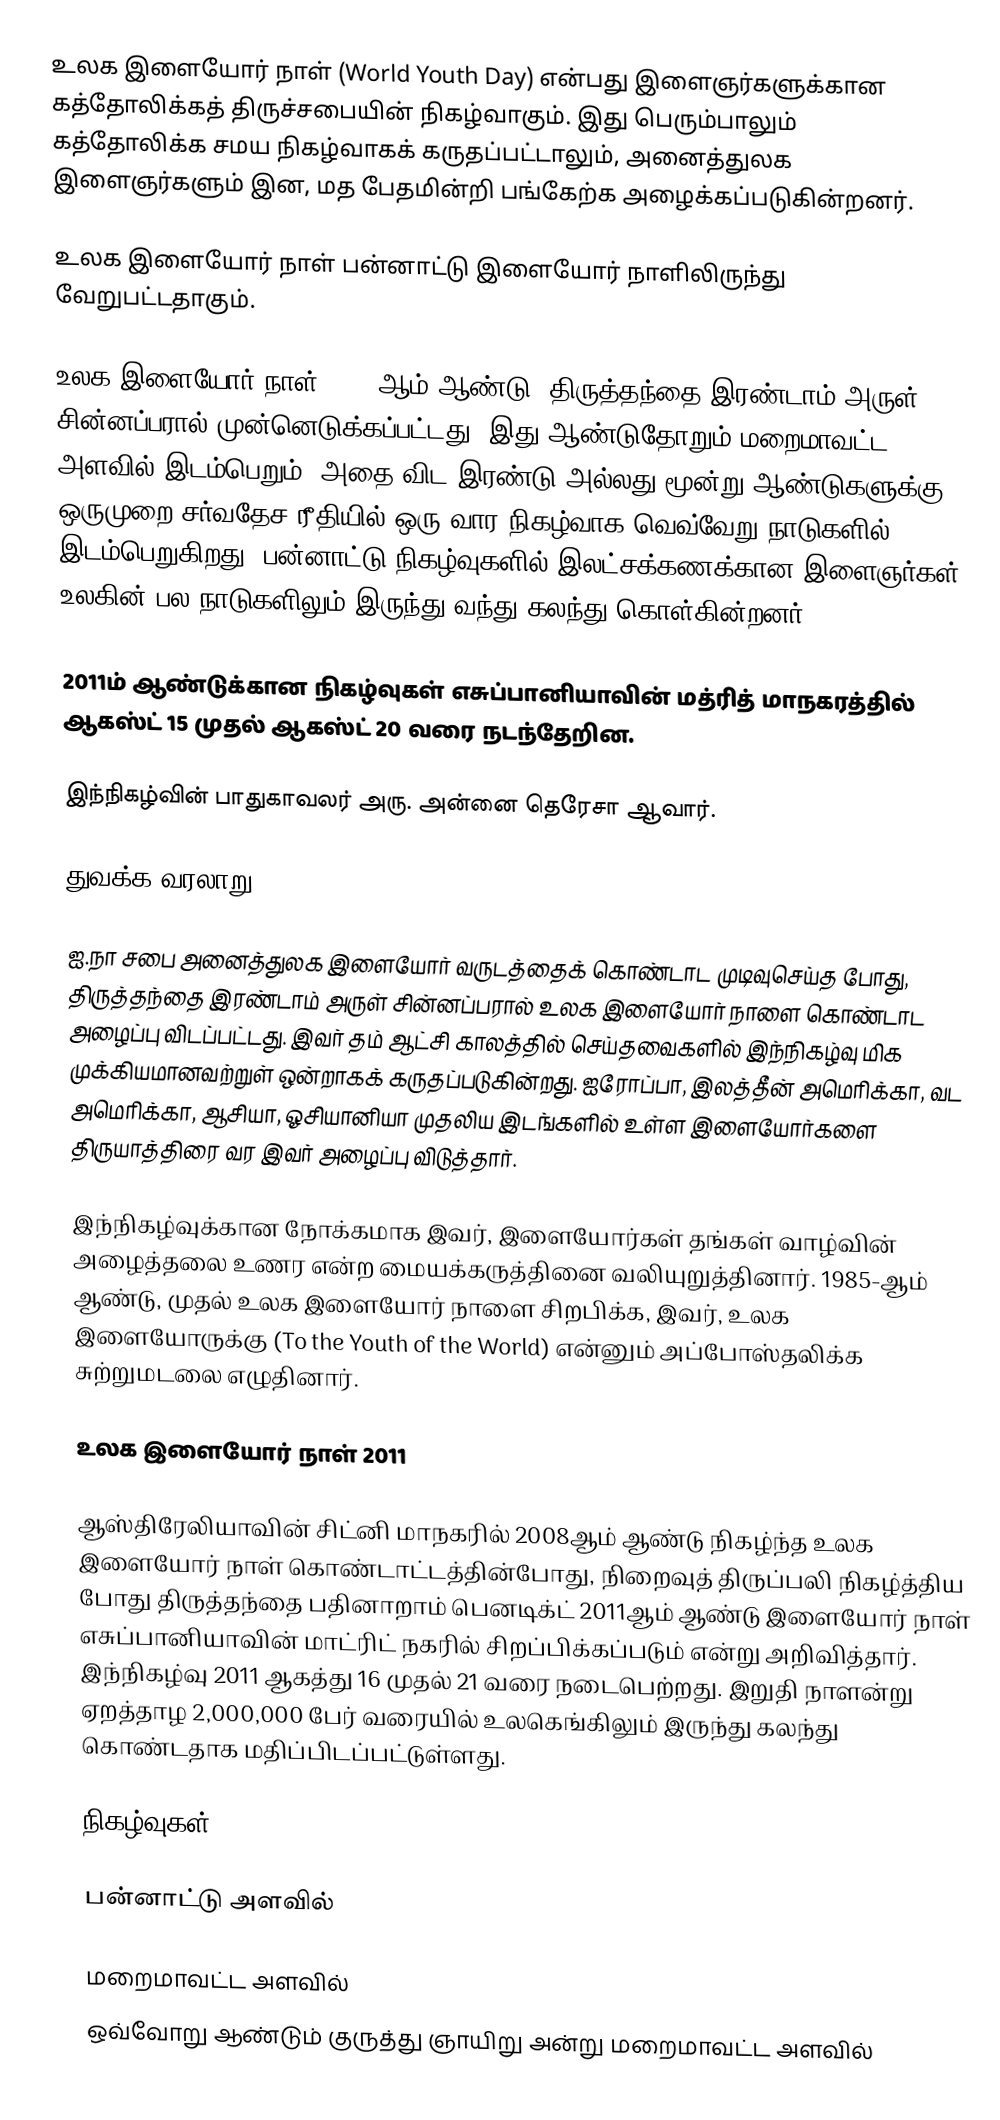
உலக இளையோர் நாள் (World Youth Day) என்பது இளைஞர்களுக்கான கத்தோலிக்கத் திருச்சபையின் நிகழ்வாகும். இது பெரும்பாலும் கத்தோலிக்க சமய நிகழ்வாகக் கருதப்பட்டாலும், அனைத்துலக இளைஞர்களும் இன, மத பேதமின்றி பங்கேற்க அழைக்கப்படுகின்றனர்.

உலக இளையோர் நாள் பன்னாட்டு இளையோர் நாளிலிருந்து வேறுபட்டதாகும்.

உலக இளையோர் நாள் 1984-ஆம் ஆண்டு, திருத்தந்தை இரண்டாம் அருள் சின்னப்பரால் முன்னெடுக்கப்பட்டது. இது ஆண்டுதோறும் மறைமாவட்ட அளவில் இடம்பெறும். அதை விட இரண்டு அல்லது மூன்று ஆண்டுகளுக்கு ஒருமுறை சர்வதேச ரீதியில் ஒரு-வார நிகழ்வாக வெவ்வேறு நாடுகளில் இடம்பெறுகிறது. பன்னாட்டு நிகழ்வுகளில் இலட்சக்கணக்கான இளைஞர்கள் உலகின் பல நாடுகளிலும் இருந்து வந்து கலந்து கொள்கின்றனர்.

2011ம் ஆண்டுக்கான நிகழ்வுகள் எசுப்பானியாவின் மத்ரித் மாநகரத்தில் ஆகஸ்ட் 15 முதல் ஆகஸ்ட் 20 வரை நடந்தேறின.

இந்நிகழ்வின் பாதுகாவலர் அரு. அன்னை தெரேசா ஆவார்.

துவக்க வரலாறு

ஐ.நா சபை அனைத்துலக இளையோர் வருடத்தைக் கொண்டாட முடிவுசெய்த போது, திருத்தந்தை இரண்டாம் அருள் சின்னப்பரால் உலக இளையோர் நாளை கொண்டாட அழைப்பு விடப்பட்டது. இவர் தம் ஆட்சி காலத்தில் செய்தவைகளில் இந்நிகழ்வு மிக முக்கியமானவற்றுள் ஒன்றாகக்  கருதப்படுகின்றது. ஐரோப்பா, இலத்தீன் அமெரிக்கா, வட அமெரிக்கா, ஆசியா, ஓசியானியா முதலிய இடங்களில் உள்ள இளையோர்களை திருயாத்திரை வர இவர் அழைப்பு விடுத்தார்.

இந்நிகழ்வுக்கான நோக்கமாக இவர், இளையோர்கள் தங்கள் வாழ்வின் அழைத்தலை உணர என்ற மையக்கருத்தினை வலியுறுத்தினார். 1985-ஆம் ஆண்டு, முதல் உலக இளையோர் நாளை சிறபிக்க, இவர், உலக இளையோருக்கு (To the Youth of the World) என்னும் அப்போஸ்தலிக்க சுற்றுமடலை எழுதினார்.

உலக இளையோர் நாள் 2011

ஆஸ்திரேலியாவின் சிட்னி மாநகரில் 2008ஆம் ஆண்டு நிகழ்ந்த உலக இளையோர் நாள் கொண்டாட்டத்தின்போது, நிறைவுத் திருப்பலி நிகழ்த்திய போது திருத்தந்தை பதினாறாம் பெனடிக்ட் 2011ஆம் ஆண்டு இளையோர் நாள் எசுப்பானியாவின் மாட்ரிட் நகரில் சிறப்பிக்கப்படும் என்று அறிவித்தார். இந்நிகழ்வு 2011 ஆகத்து 16 முதல் 21 வரை நடைபெற்றது. இறுதி நாளன்று ஏறத்தாழ 2,000,000 பேர் வரையில் உலகெங்கிலும் இருந்து கலந்து கொண்டதாக மதிப்பிடப்பட்டுள்ளது.

நிகழ்வுகள்

பன்னாட்டு அளவில்

மறைமாவட்ட அளவில்
ஒவ்வோறு ஆண்டும் குருத்து ஞாயிறு அன்று மறைமாவட்ட அளவில்